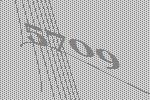
5709